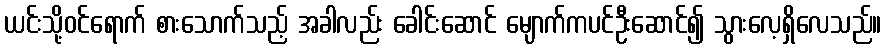
ယင်းသို့ဝင်ရောက် စားသောက်သည့် အခါလည်း ခေါင်းဆောင် မျောက်ကပင်ဦးဆောင်၍ သွားလေ့ရှိလေသည်။